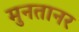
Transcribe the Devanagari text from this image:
मुनतानर